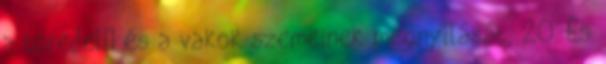
a töredel− és a vakok szemeinek megnyílását, 20. És